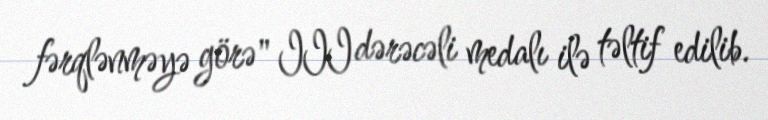
fərqlənməyə görə" III dərəcəli medalı ilə təltif edilib.